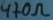
Text: 470Ω